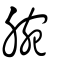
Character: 𢫪